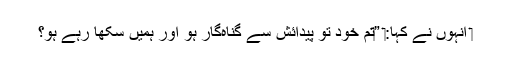
‏ اُنہوں نے کہا:‏ ”‏تُم خود تو پیدائش سے گُناہ‌گار ہو اور ہمیں سکھا رہے ہو؟